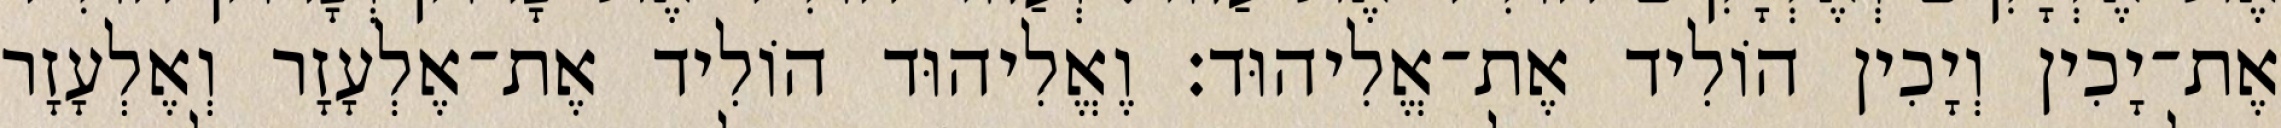
אֶת־יָכִין וְיָכִין הוֹלִיד אֶת־אֱלִיהוּד׃ וֶאֱלִיהוּד הוֹלִיד אֶת־אֶלְעָזָר וְאֶלְעָזָר